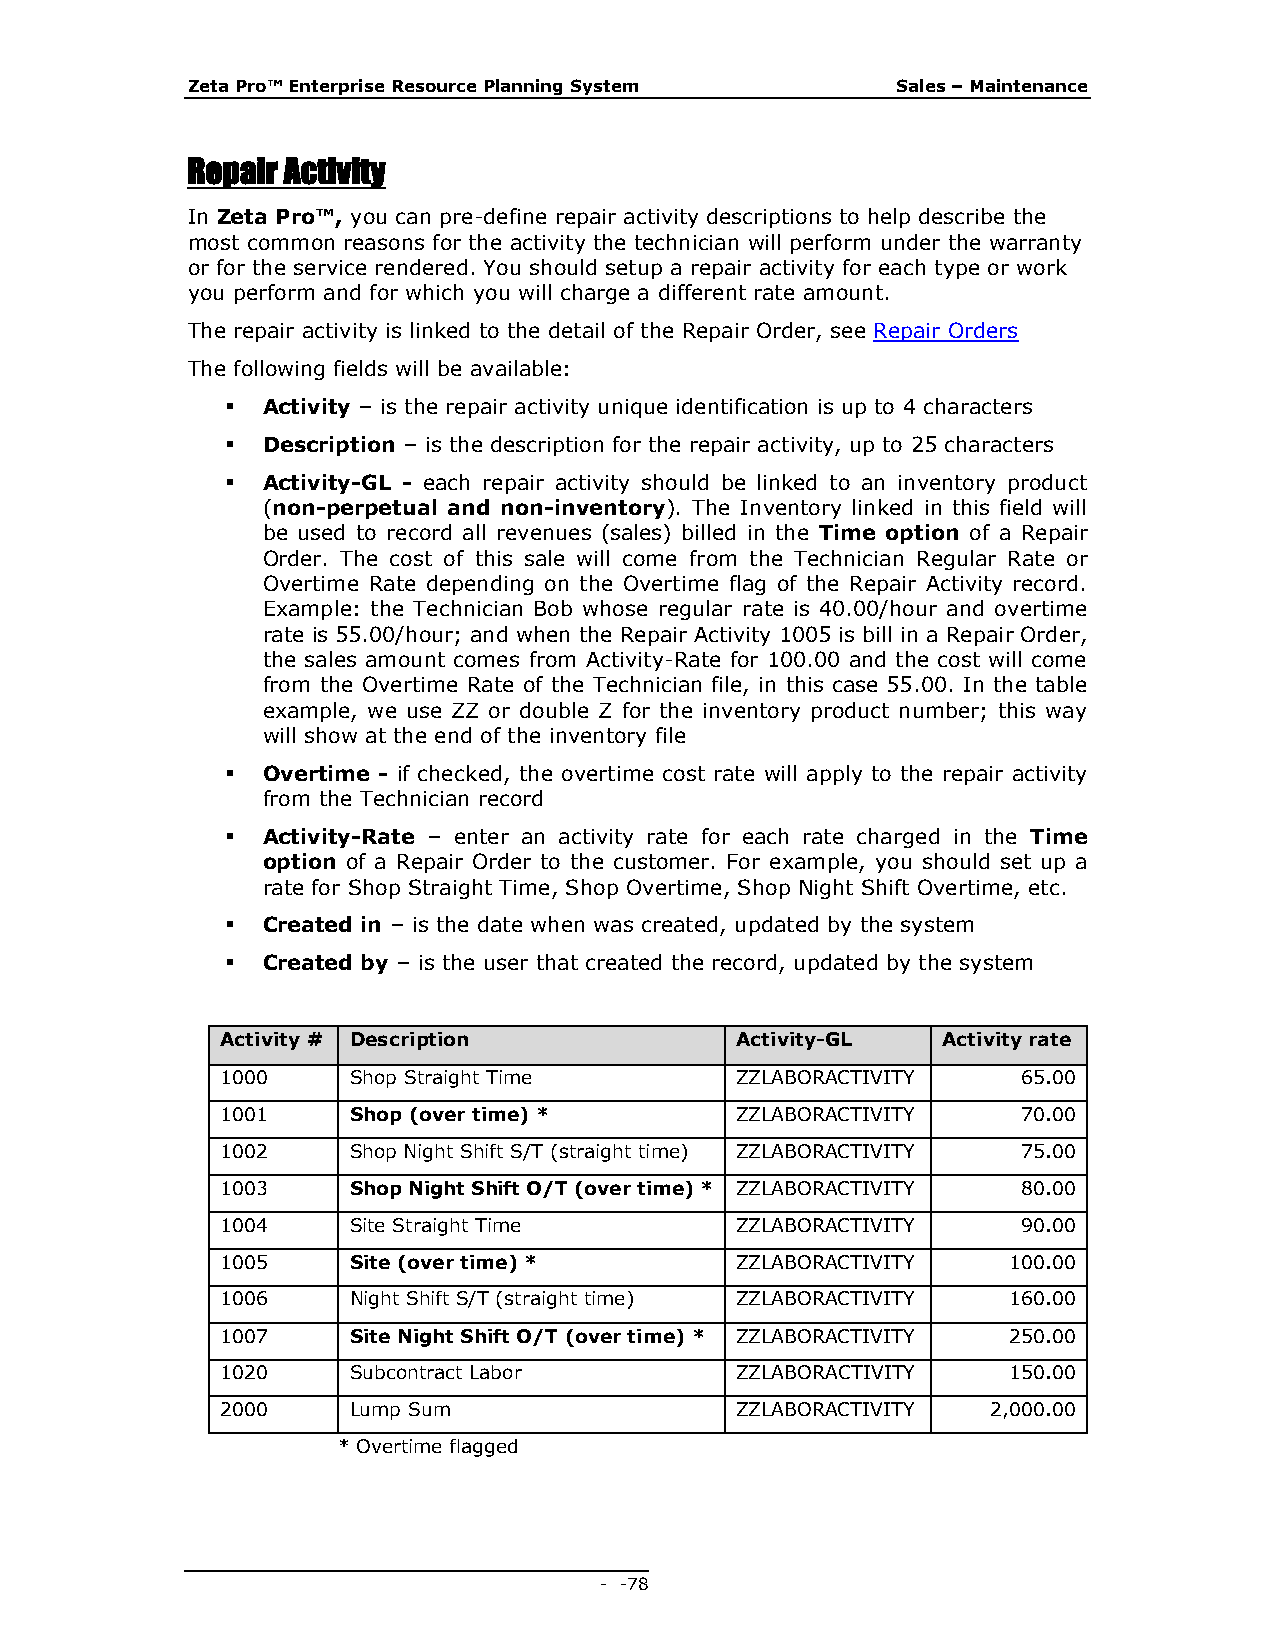
Zeta Pro™ Enterprise Resource Planning System  Sales – Maintenance
 Repair Activity
 In Zeta Pro™, you can pre-define repair activity descriptions to help describe the
 most common reasons for the activity the technician will perform under the warranty
 or for the service rendered. You should setup a repair activity for each type or work
 you perform and for which you will charge a different rate amount.
 The repair activity is linked to the detail of the Repair Order, see Repair Orders
 The following fields will be available:
  Activity – is the repair activity unique identification is up to 4 characters
  Description – is the description for the repair activity, up to 25 characters
  Activity-GL - each repair activity should be linked to an inventory product
 (non-perpetual and non-inventory). The Inventory linked in this field will
 be used to record all revenues (sales) billed in the Time option of a Repair
 Order. The cost of this sale will come from the Technician Regular Rate or
 Overtime Rate depending on the Overtime flag of the Repair Activity record.
 Example: the Technician Bob whose regular rate is 40.00/hour and overtime
 rate is 55.00/hour; and when the Repair Activity 1005 is bill in a Repair Order,
 the sales amount comes from Activity-Rate for 100.00 and the cost will come
 from the Overtime Rate of the Technician file, in this case 55.00. In the table
 example, we use ZZ or double Z for the inventory product number; this way
 will show at the end of the inventory file
  Overtime - if checked, the overtime cost rate will apply to the repair activity
 from the Technician record
  Activity-Rate – enter an activity rate for each rate charged in the Time
 option of a Repair Order to the customer. For example, you should set up a
 rate for Shop Straight Time, Shop Overtime, Shop Night Shift Overtime, etc.
  Created in – is the date when was created, updated by the system
  Created by – is the user that created the record, updated by the system
 Activity # Description            Activity-GL  Activity rate
 1000    Shop Straight Time        ZZLABORACTIVITY    65.00
 1001    Shop (over time) *        ZZLABORACTIVITY    70.00
 1002    Shop Night Shift S/T (straight time) ZZLABORACTIVITY 75.00
 1003    Shop Night Shift O/T (over time) * ZZLABORACTIVITY 80.00
 1004    Site Straight Time        ZZLABORACTIVITY    90.00
 1005    Site (over time) *        ZZLABORACTIVITY   100.00
 1006    Night Shift S/T (straight time) ZZLABORACTIVITY 160.00
 1007    Site Night Shift O/T (over time) * ZZLABORACTIVITY 250.00
 1020    Subcontract Labor         ZZLABORACTIVITY   150.00
 2000    Lump Sum                  ZZLABORACTIVITY  2,000.00
 * Overtime flagged
 - - 78